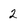
Character: 2